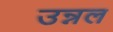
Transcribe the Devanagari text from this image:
उन्नल